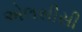
એલસીસી